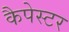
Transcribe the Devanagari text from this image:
कैपेस्टर